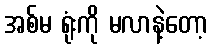
အစ်မ ရုံးကို မလာနဲ့တော့